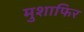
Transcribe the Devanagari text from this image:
मुशाफिर